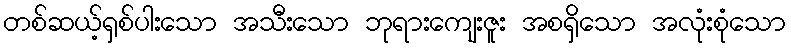
တစ်ဆယ့်ရှစ်ပါးသော အသီးသော ဘုရားကျေးဇူး အစရှိသော အလုံးစုံသော